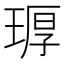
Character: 𪻶